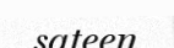
sateen